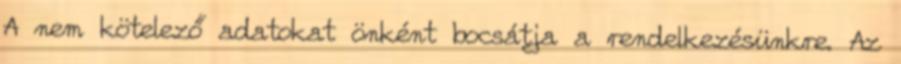
A nem kötelező adatokat önként bocsátja a rendelkezésünkre. Az